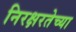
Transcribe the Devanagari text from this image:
निरक्षरतेच्या